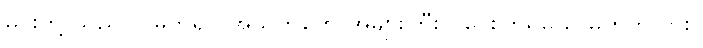
မင်းတို့ သည်လို မကူရင် အသက်တွေ အများကြီး ပိုပေးကြရမယ် မဟုတ်လား။